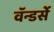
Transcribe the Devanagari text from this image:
वॅन्डर्से